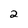
Character: 2